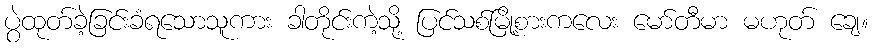
ပွဲထုတ်ခဲ့ခြင်းခံရသောသူကား ခါတိုင်းကဲ့သို့ ပြင်သစ်မြို့စားကလေး မော်တီမာ မဟုတ် ချေ။